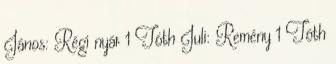
János: Régi nyár 1 Tóth Juli: Remény 1 Tóth